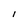
Character: l